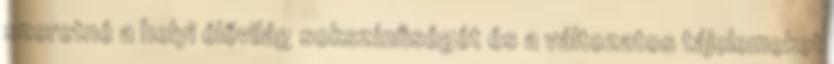
szeretné a helyi élővilág sokszínűségét és a változatos tájelemeket